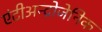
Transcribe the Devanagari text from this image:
एंटीअन्द्रोजेनिक